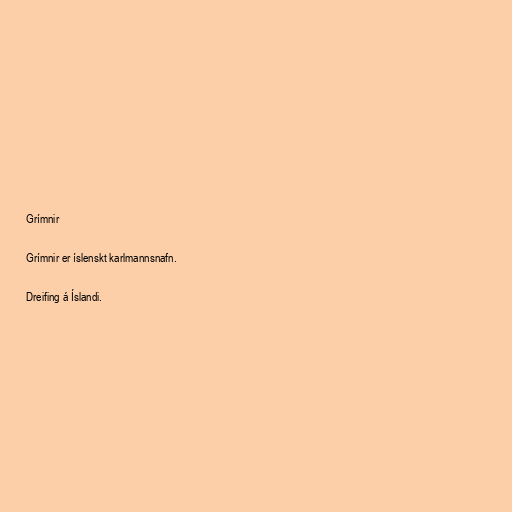
Grímnir

Grímnir er íslenskt karlmannsnafn.

Dreifing á Íslandi.